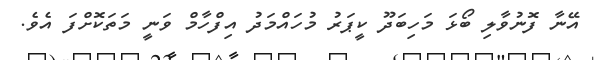
އޭނާ ފޮނުވާލި ބޯޅަ މަހިބަދޫ ކީޕަރު މުހައްމަދު އިފްހާމް ވަނީ މަތަކޮށްފަ އެވެ.